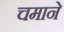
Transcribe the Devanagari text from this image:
चमाने